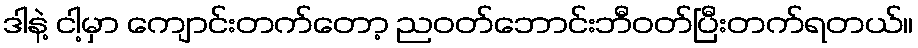
ဒါနဲ့ ငါ့မှာ ကျောင်းတက်တော့ ညဝတ်ဘောင်းဘီဝတ်ပြီးတက်ရတယ်။